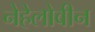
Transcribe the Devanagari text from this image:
नेहेलोवीन